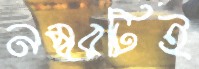
নম্বরটিই